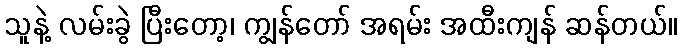
သူနဲ့ လမ်းခွဲ ပြီးတော့၊ ကျွန်တော် အရမ်း အထီးကျန် ဆန်တယ်။